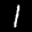
Label: 1